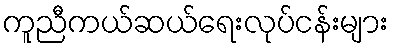
ကူညီကယ်ဆယ်ရေးလုပ်ငန်းများ